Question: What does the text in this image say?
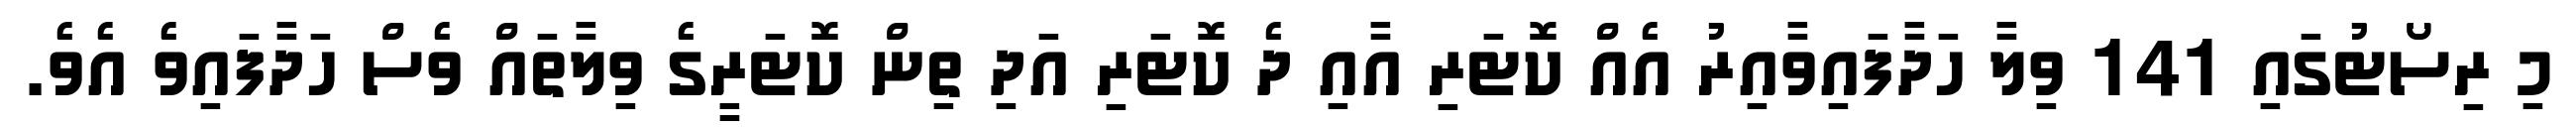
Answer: މި ރިސޯޓުގައި 141 ވިލާ ހަދާފައިވާއިރު އެއް ކޮޓަރި އާއި ދެ ކޮޓަރި އަދި ތިން ކޮޓަރީގެ ވިލާތައް ވެސް ހަދާފައިވެ އެވެ.